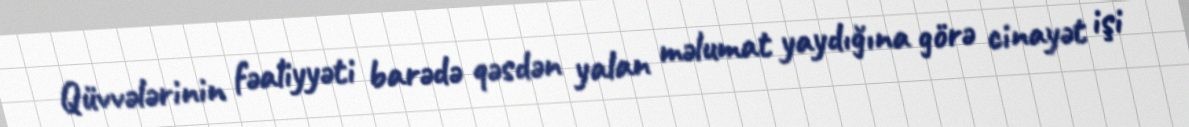
Qüvvələrinin fəaliyyəti barədə qəsdən yalan məlumat yaydığına görə cinayət işi